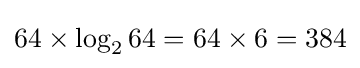
64\times \log _{2}64=64\times 6=384